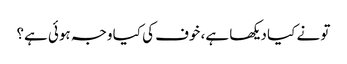
تو نے کیا دیکھا ہے، خوف کی کیا وجہ ہوئی ہے؟